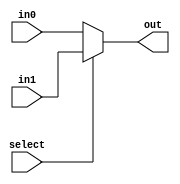
//mux_2to1

module mux_2to1(in0,
		in1,
		out,
		select
		);			

	parameter bit_size = 32;	

	input   [bit_size-1:0] in0;
	input   [bit_size-1:0] in1;
	input                  select;
	output  [bit_size-1:0] out;

	assign out = (select == 0)?in0 :in1;


endmodule